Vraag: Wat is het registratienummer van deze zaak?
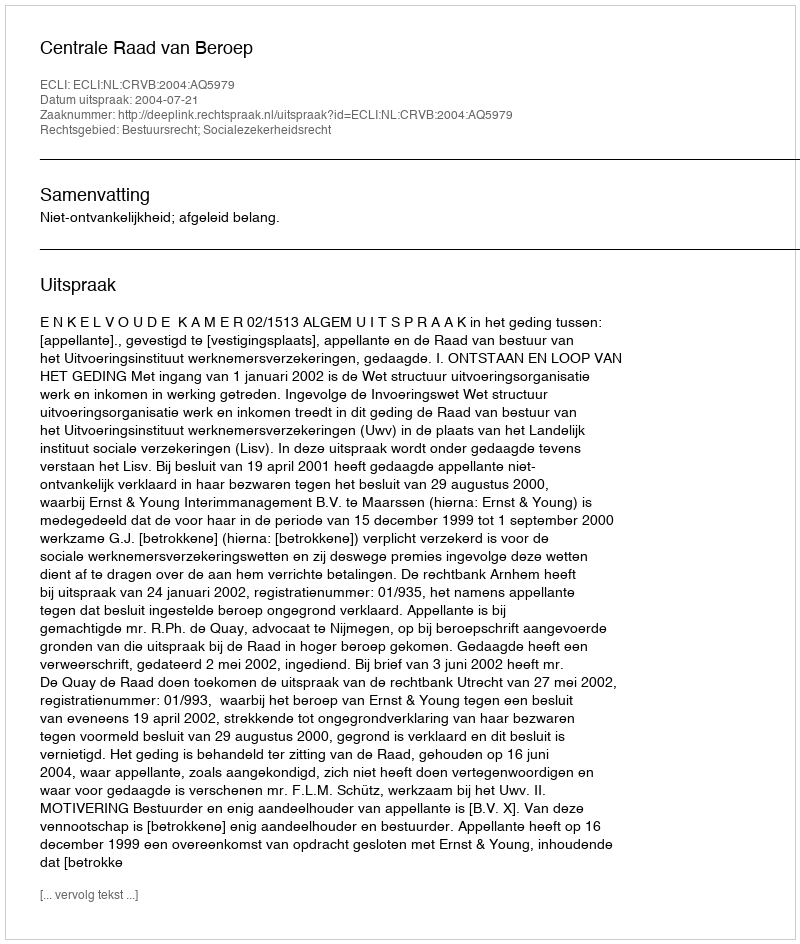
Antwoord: http://deeplink.rechtspraak.nl/uitspraak?id=ECLI:NL:CRVB:2004:AQ5979